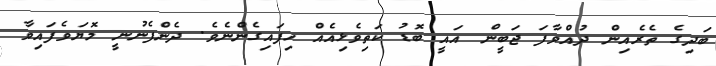
ބަދިގެ ތެރެއިން ދުއްވާފަ ޖަބީން އައީ ބޮޑު ކަތިވެޅިއެއް ހިފައިގެންނެވެ. ދެންފެނުނީ މޮޔަވެފައިވާ